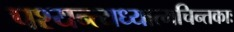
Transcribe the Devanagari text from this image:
पश्यन्त्यध्यात्मचिन्तकाः